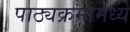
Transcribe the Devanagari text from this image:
पाठ्यक्रमामध्ये